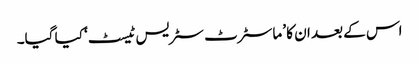
اس کے بعد ان کا ’ماسٹرٹ سٹریس ٹیسٹ‘ کیا گیا۔